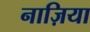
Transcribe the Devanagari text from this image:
नाज़िया